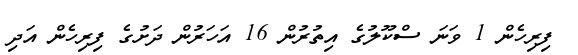
ފިރިހެން 1 ވަނަ ސްކޫލުގެ އިތުރުން 16 އަހަރުން ދަށުގެ ފިރިހެން އަދި